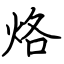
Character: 烙